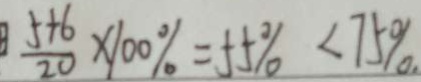
\frac { 5 + 6 } { 2 0 } \times 1 0 0 \% = 5 5 \% < 7 5 \%